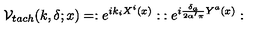
{ \cal V } _ { t a c h } ( k , \delta ; x ) = : e ^ { i k _ { i } X ^ { i } ( x ) } : \: : e ^ { i \frac { \delta _ { a } } { 2 \alpha ^ { \prime } \pi } Y ^ { a } ( x ) } :